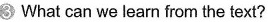
3 What can we learn from the text?